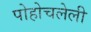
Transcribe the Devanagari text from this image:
पोहोचलेली